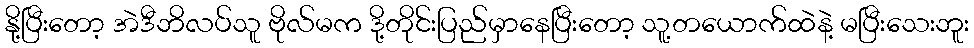
နို့ပြီးတော့ အဲဒီဘိလပ်သူ ဗိုလ်မက ဒို့တိုင်းပြည်မှာနေပြီးတော့ သူ့တယောက်ထဲနဲ့ မပြီးသေးဘူး